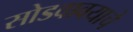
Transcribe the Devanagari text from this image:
सोडवावयाचे